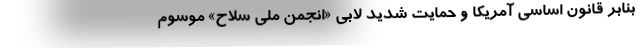
بنابر قانون اساسی آمریکا و حمایت شدید لابی «انجمن ملی سلاح» موسوم